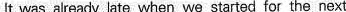
It was already late when we started for the next